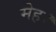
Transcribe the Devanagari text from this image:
मेह।